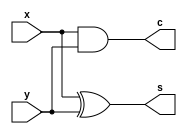
`timescale 1ns / 1ps
//////////////////////////////////////////////////////////////////////////////////
// Company: 
// Engineer: 
// 
// Design Name: 
// Module Name: HA
// Project Name: 
// Target Devices: 
// Tool Versions: 
// Description: 
// 
// Dependencies: 
// 
// Revision:
// Revision 0.01 - File Created
// Additional Comments:
// 
//////////////////////////////////////////////////////////////////////////////////


module HA(x,y,s,c);

input x,y;
output c,s;

assign c=x&y;
assign s=x^y;

endmodule